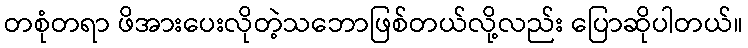
တစုံတရာ ဖိအားပေးလိုတဲ့သဘောဖြစ်တယ်လို့လည်း ပြောဆိုပါတယ်။